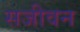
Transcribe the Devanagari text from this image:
सजीवन